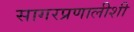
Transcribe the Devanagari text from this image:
सागरप्रणालीशी